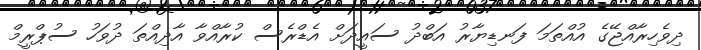
ދިވެހިރާއްޖޭގެ އުއްތަމަ ފަނޑިޔާރު އަބްދު ސައީދަށް އެޑްރެސް ކުރާއްވާ އާދިއްތަ ދުވަހު ސުޕްރީމް